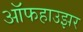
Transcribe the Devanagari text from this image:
ऑफहाउझर